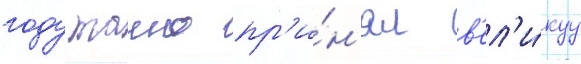
году таино пр'и́н'ял в'ел'и́куу